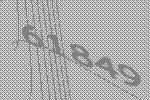
61849